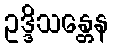
ဥဒ္ဒိသန္တေန